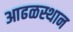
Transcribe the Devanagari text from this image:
आढळस्थान